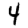
Digit: 4